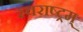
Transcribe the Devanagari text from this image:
स्वराष्ट्रम्‌